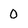
Character: 0